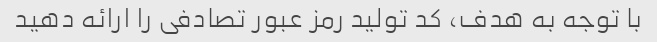
با توجه به هدف، کد تولید رمز عبور تصادفی را ارائه دهید